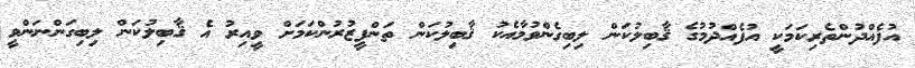
އުފެއްދުންތެރިކަމަކީ އުފެއްދުމުގެ ޤާބިލުކަން ލިބިގެންވުމާއެކު ޤާބިލުކަން ތަންފީޒުރުންކަމަށް ވީއިރު އެ ޤާބިލުކަން ލިބިގަންނަންވީ